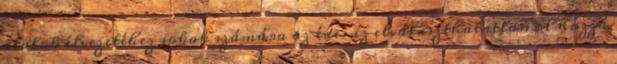
italok élvezetéhez sokak számára az édes íz elválaszthatatlanul hozzá